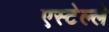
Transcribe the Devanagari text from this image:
एस्टेल्ले